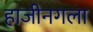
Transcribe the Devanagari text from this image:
हाजीनगला